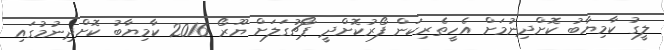
ލީގު ކާމިޔާބު ކޮށްދިނުމަށް އެހީތެރިކަން ފޯރުކޮށްދީ ޕޯޗުގަލަށް ޔޫރޯ 2016 ކާމިޔާބު ކޮށްދިނުމުގައި